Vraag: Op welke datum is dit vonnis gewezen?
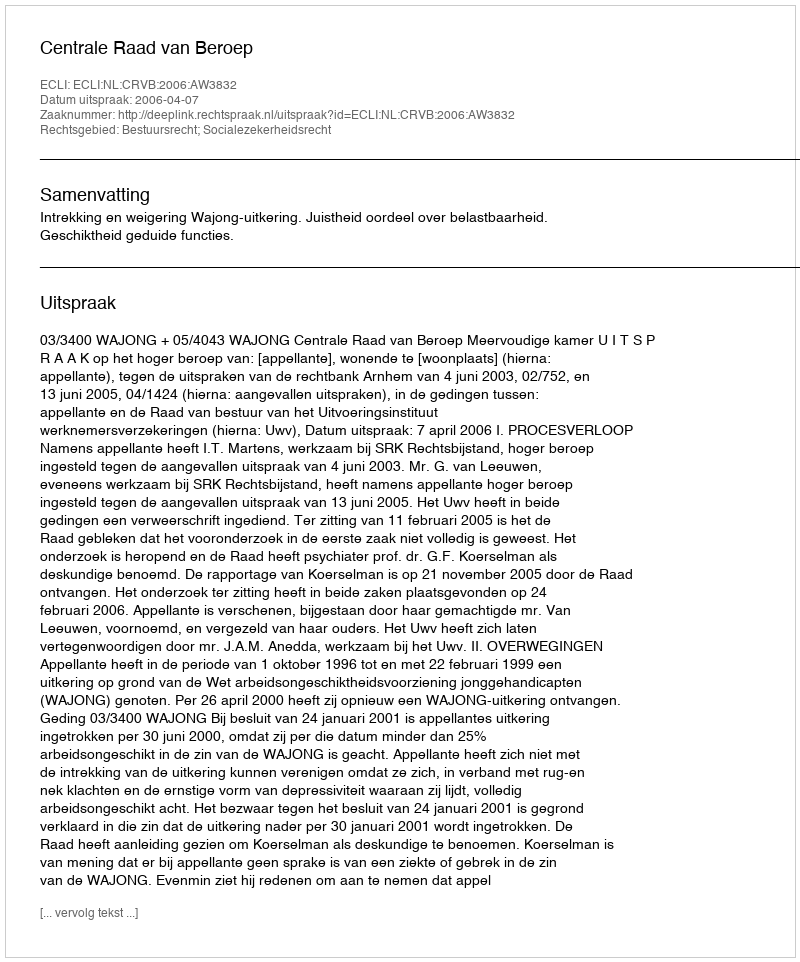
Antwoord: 2006-04-07